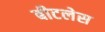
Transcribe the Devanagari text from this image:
बीटलेस